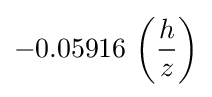
-0.05916\,\left({\frac {h}{z}}\right)